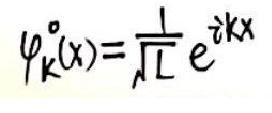
\(\varphi_{k}^{o}(x)=\frac{1}{\sqrt{L}}e^{i k x}\)